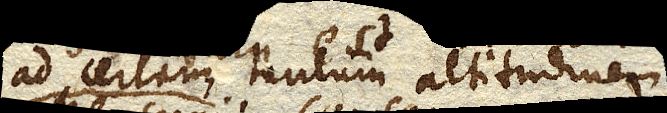
ad certam tantum altitudinem